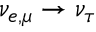
\nu _ { e , \mu } \rightarrow \nu _ { \tau }